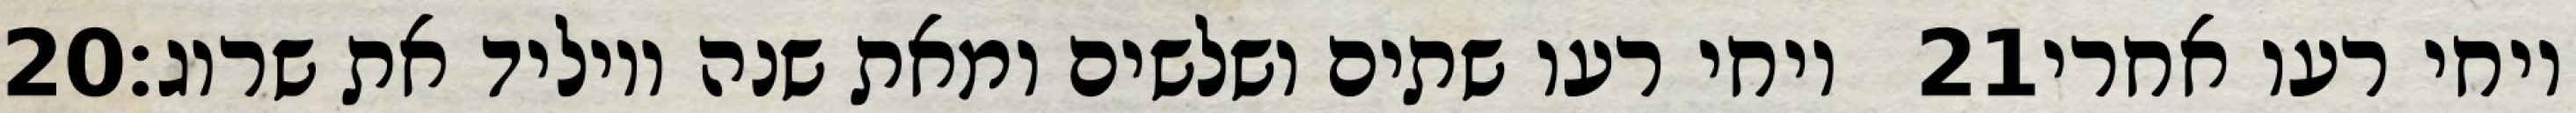
‎20‏ ויחי רעו שתים ושלשים ומאת שנה ויוליד את שרוג׃ ‎21‏ ויחי רעו אחרי